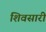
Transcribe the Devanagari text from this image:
शिवसारी